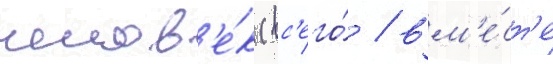
челов'е́к (вс'его́ / вм'е́ст'е